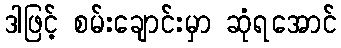
ဒါဖြင့် စမ်းချောင်းမှာ ဆုံရအောင်